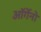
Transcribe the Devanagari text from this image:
ऑर्गेनो